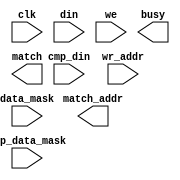
module tcam_bl(
	clk,
	cmp_data_mask,
	cmp_din,
	data_mask,
	din,
	we,
	wr_addr,
	busy,
	match,
	match_addr);


input clk;
input [31 : 0] cmp_data_mask;
input [31 : 0] cmp_din;
input [31 : 0] data_mask;
input [31 : 0] din;
input we;
input [10 : 0] wr_addr;
output busy;
output match;
output [2047 : 0] match_addr;

// synthesis translate_off

      CAM_V5_1 #(
		.c_addr_type(2),
		.c_cmp_data_mask_width(32),
		.c_cmp_din_width(32),
		.c_data_mask_width(32),
		.c_depth(2048),
		.c_din_width(32),
		.c_enable_rlocs(0),
		.c_has_cmp_data_mask(1),
		.c_has_cmp_din(1),
		.c_has_data_mask(1),
		.c_has_en(0),
		.c_has_multiple_match(0),
		.c_has_read_warning(0),
		.c_has_single_match(0),
		.c_has_we(1),
		.c_has_wr_addr(1),
		.c_match_addr_width(2048),
		.c_match_resolution_type(0),
		.c_mem_init(0),
		.c_mem_init_file("tcam_bl.mif"),
		.c_mem_type(0),
		.c_read_cycles(1),
		.c_reg_outputs(0),
		.c_ternary_mode(2),
		.c_width(32),
		.c_wr_addr_width(11))
	inst (
		.CLK(clk),
		.CMP_DATA_MASK(cmp_data_mask),
		.CMP_DIN(cmp_din),
		.DATA_MASK(data_mask),
		.DIN(din),
		.WE(we),
		.WR_ADDR(wr_addr),
		.BUSY(busy),
		.MATCH(match),
		.MATCH_ADDR(match_addr),
		.EN(),
		.MULTIPLE_MATCH(),
		.READ_WARNING(),
		.SINGLE_MATCH());


// synthesis translate_on

endmodule